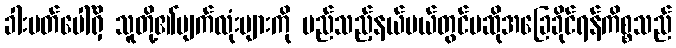
ခါးပတ်ပေါ်ရှိ သူတို့၏မျက်လုံးများကို မည်သည့်နယ်ပယ်တွင်မဆိုအခြေခိုင်ရန်ကိစ္စသည်